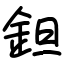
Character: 鉭